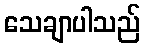
သေချာပါသည်